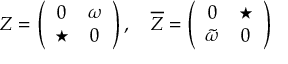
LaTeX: Z = \left( \begin{array} { c c } { { 0 } } & { { \omega } } \\ { { \star } } & { { 0 } } \end{array} \right) , \quad { \overline { { Z } } } = \left( \begin{array} { c c } { { 0 } } & { { \star } } \\ { { { \tilde { \omega } } } } & { { 0 } } \end{array} \right)